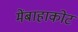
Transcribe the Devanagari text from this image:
मेंबाहाकोट